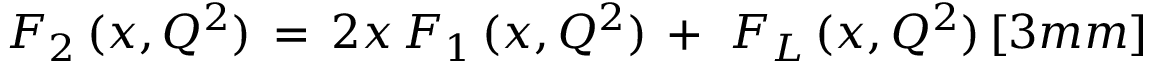
F _ { 2 } \, ( x , Q ^ { 2 } ) \, = \, 2 x \, F _ { 1 } \, ( x , Q ^ { 2 } ) \, + \, \, F _ { L } \, ( x , Q ^ { 2 } ) \, [ 3 m m ]